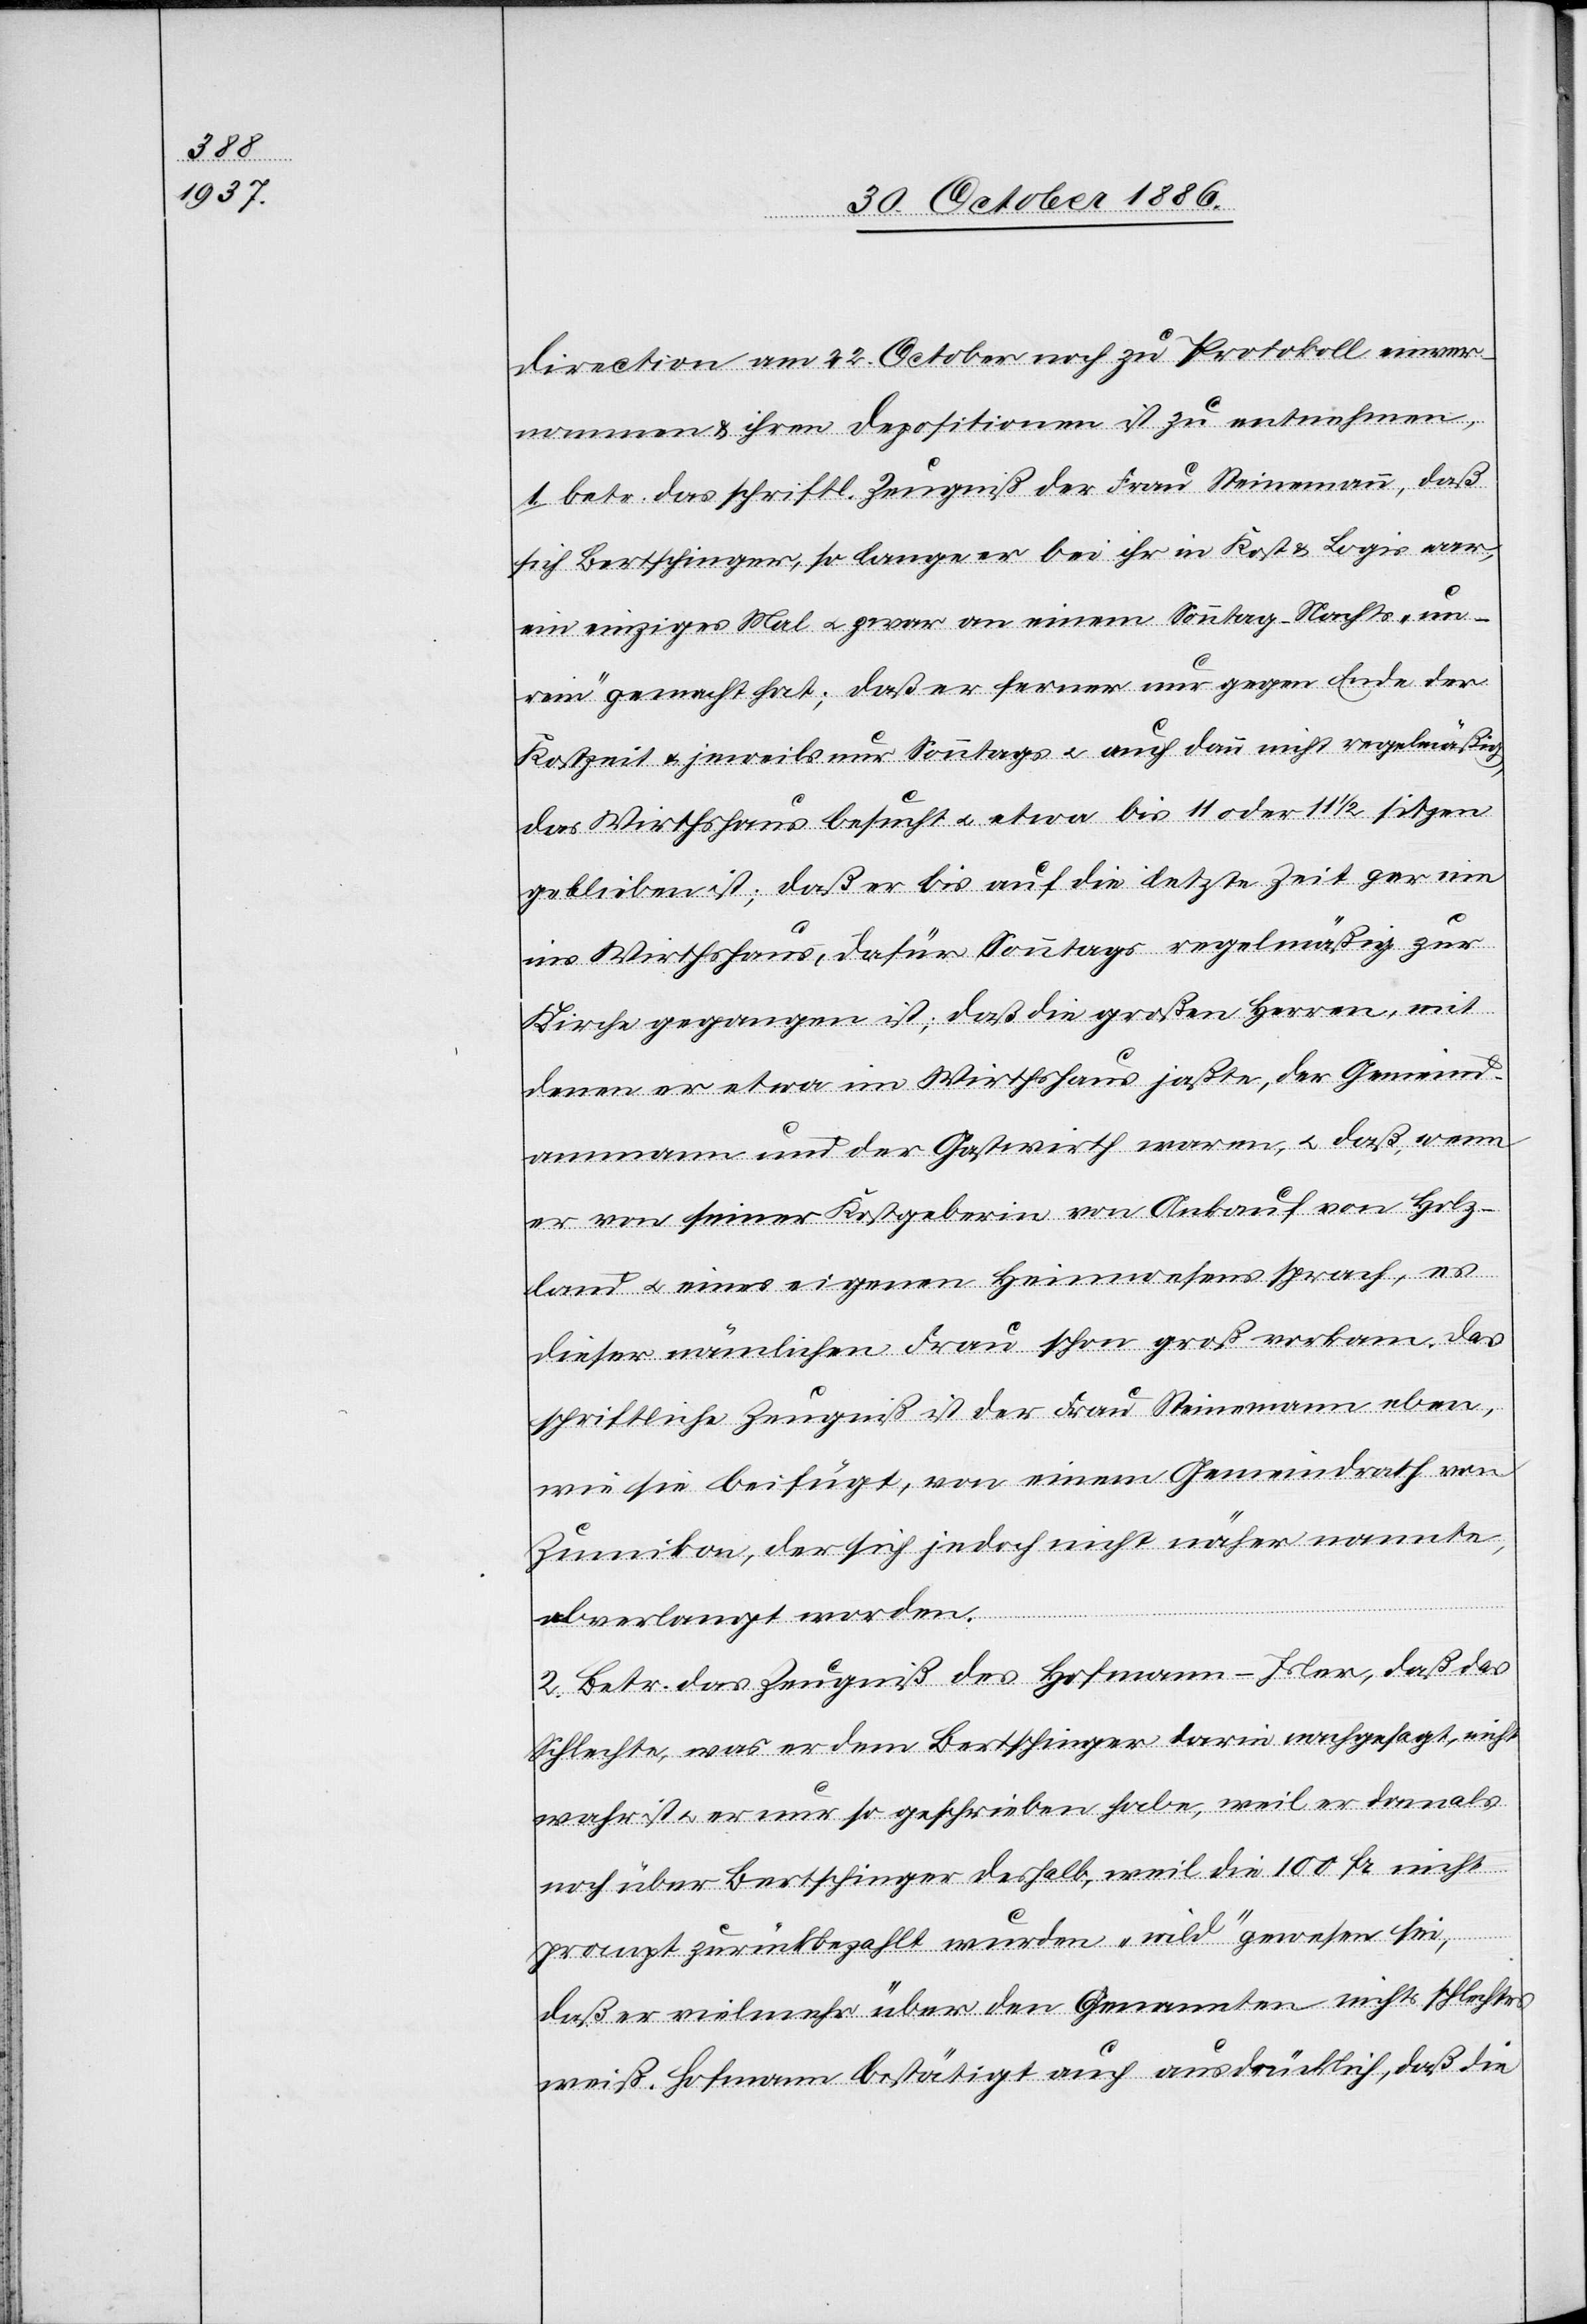
direction am 22. October noch zu Protokoll einver¬
nommen & ihren Depositionen ist zu entnehmen,
1. betr. das schriftl. Zeugniß der Frau Steinemann, daß
sich Bertschinger, so lange er bei ihr in Kost & Logis war,
ein einziges Mal & zwar an einem Sonntag-Nachts „un¬
rein“ gemacht hat; daß er ferner nur gegen Ende der
Kostzeit & jeweils nur Sonntags & auch dann nicht regelmäßig,
das Wirthshaus besucht & etwa bis 11 oder 11 1/2 sitzen
geblieben ist; daß er bis auf die letzte Zeit gar nie
ins Wirthshaus, dafür Sonntags regelmäßig zur
Kirche gegangen ist; daß die großen Herren, mit
denen er etwa im Wirthshaus jaßte, der Gemeind¬
ammann und der Gastwirth waren, & daß, wenn
er von seiner Kostgeberin von Ankauf von Holz¬
land & eines eigenen Heimwesens sprach, es
dieser nämlichen Frau schon groß vorkam. Das
schriftliche Zeugniß ist der Frau Steinemann eben,
wie sie beifügt, von einem Gemeindrath von
Zumikon, der sich jedoch nicht näher nannte,
die
abverlangt worden.
2. Betr. das Zeugniß des Hofmann-Isler, daß das
Schlechte, was er dem Bertschinger darin nachgesagt, nicht
wahr ist & er nur so geschrieben habe, weil er damals
noch über Bertschinger deshalb, weil die 100 Fr. nicht
prompt zurückbezahlt wurden „wild“ gewesen sei,
daß er vielmehr über den Genannten nichts schlechtes
weiß. Hofmann bestätigt auch ausdrücklich, daß [e¬